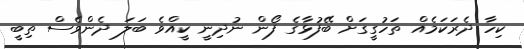
ކިހާ ދެރަކަމެއް ތަހުގީގަށް ބޭފުޅާގެ ފޯން ނުދިނީ ކީއްވެ ބަލަ ދެންވެސް ތިބީ